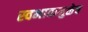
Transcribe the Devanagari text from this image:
स्वभावामुळेच